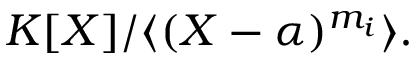
K [ X ] / \langle ( X - \alpha ) ^ { m _ { i } } \rangle .